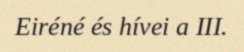
Eiréné és hívei a III.